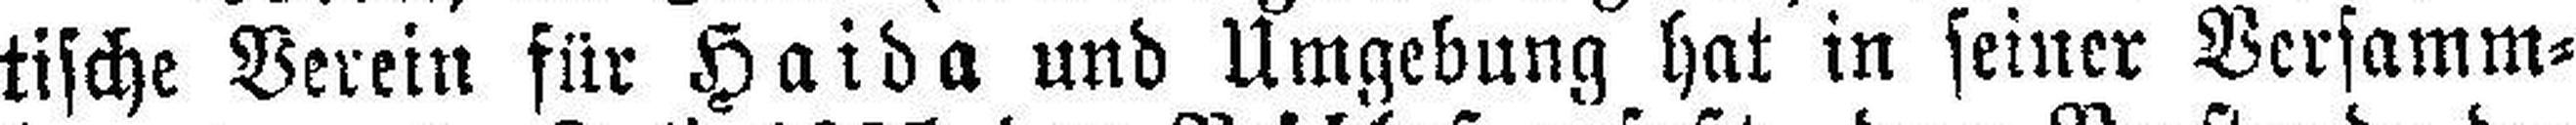
tische Verein für Haida und Umgebung hat in seiner Versamm¬